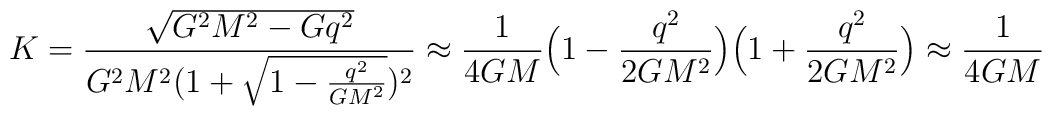
K = \frac{\sqrt{G^2M^2 - Gq^2}}{G^2M^2(1 + \sqrt{1 - \frac{q^2}{GM^2}})^2}\approx \frac{1}{4GM}\Bigl(1 - \frac{q^2}{2GM^2}\Bigr)\Bigl(1 +\frac{q^2}{2GM^2}\Bigr) \approx \frac{1}{4GM}